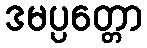
ဒမပ္ပတ္တော